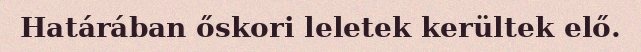
Határában őskori leletek kerültek elő.